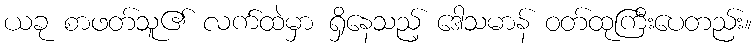
ယခု စာဖတ်သူ၏ လက်ထဲမှာ ရှိနေသည့် ဒေါသမာန် ဝတ်ထုကြီးပေတည်း။